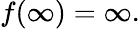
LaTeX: f(\infty)=\infty.